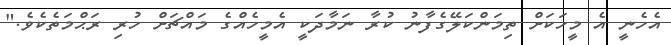
އެހެނީ އެ މީހަކަށް ތިމަންކަލޭގެފާނު ކުރާ ނަމާދަކީ އެމީހެއްގެ މައްޗަށް ހުރި ރަޙްމަތެކެވެ."